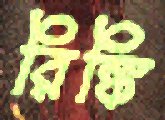
রিঙ্কি